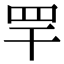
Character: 䍐